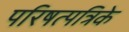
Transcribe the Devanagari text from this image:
परिषत्पत्रिके